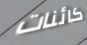
كائنات